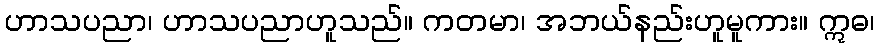
ဟာသပညာ၊ ဟာသပညာဟူသည်။ ကတမာ၊ အဘယ်နည်းဟူမူကား။ ဣဓ၊